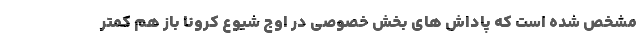
مشخص شده است که پاداش های بخش خصوصی در اوج شیوع کرونا باز هم کمتر